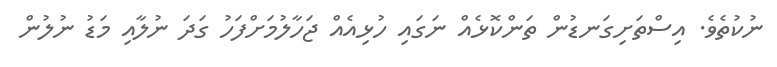
ނުކުތެވެ. އިސްތަށިގަނޑުން ތަންކޮޅެއް ނަގައި ހުޅިއެއް ޖަހާލުމަށްފަހު ގަދަ ނުލާއި މަޑު ނުލުން